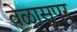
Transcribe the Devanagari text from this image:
वेळासुपर